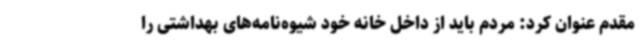
مقدم عنوان کرد: مردم باید از داخل خانه خود شیوه‌نامه‌های بهداشتی را